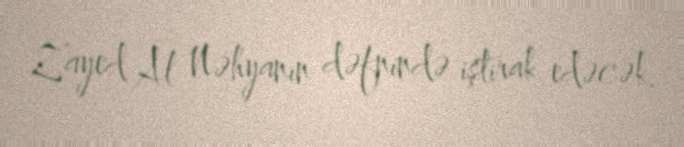
Zayed Al Nəhyanın dəfnində iştirak edəcək.